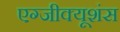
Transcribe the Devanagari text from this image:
एग्जीक्यूशंस